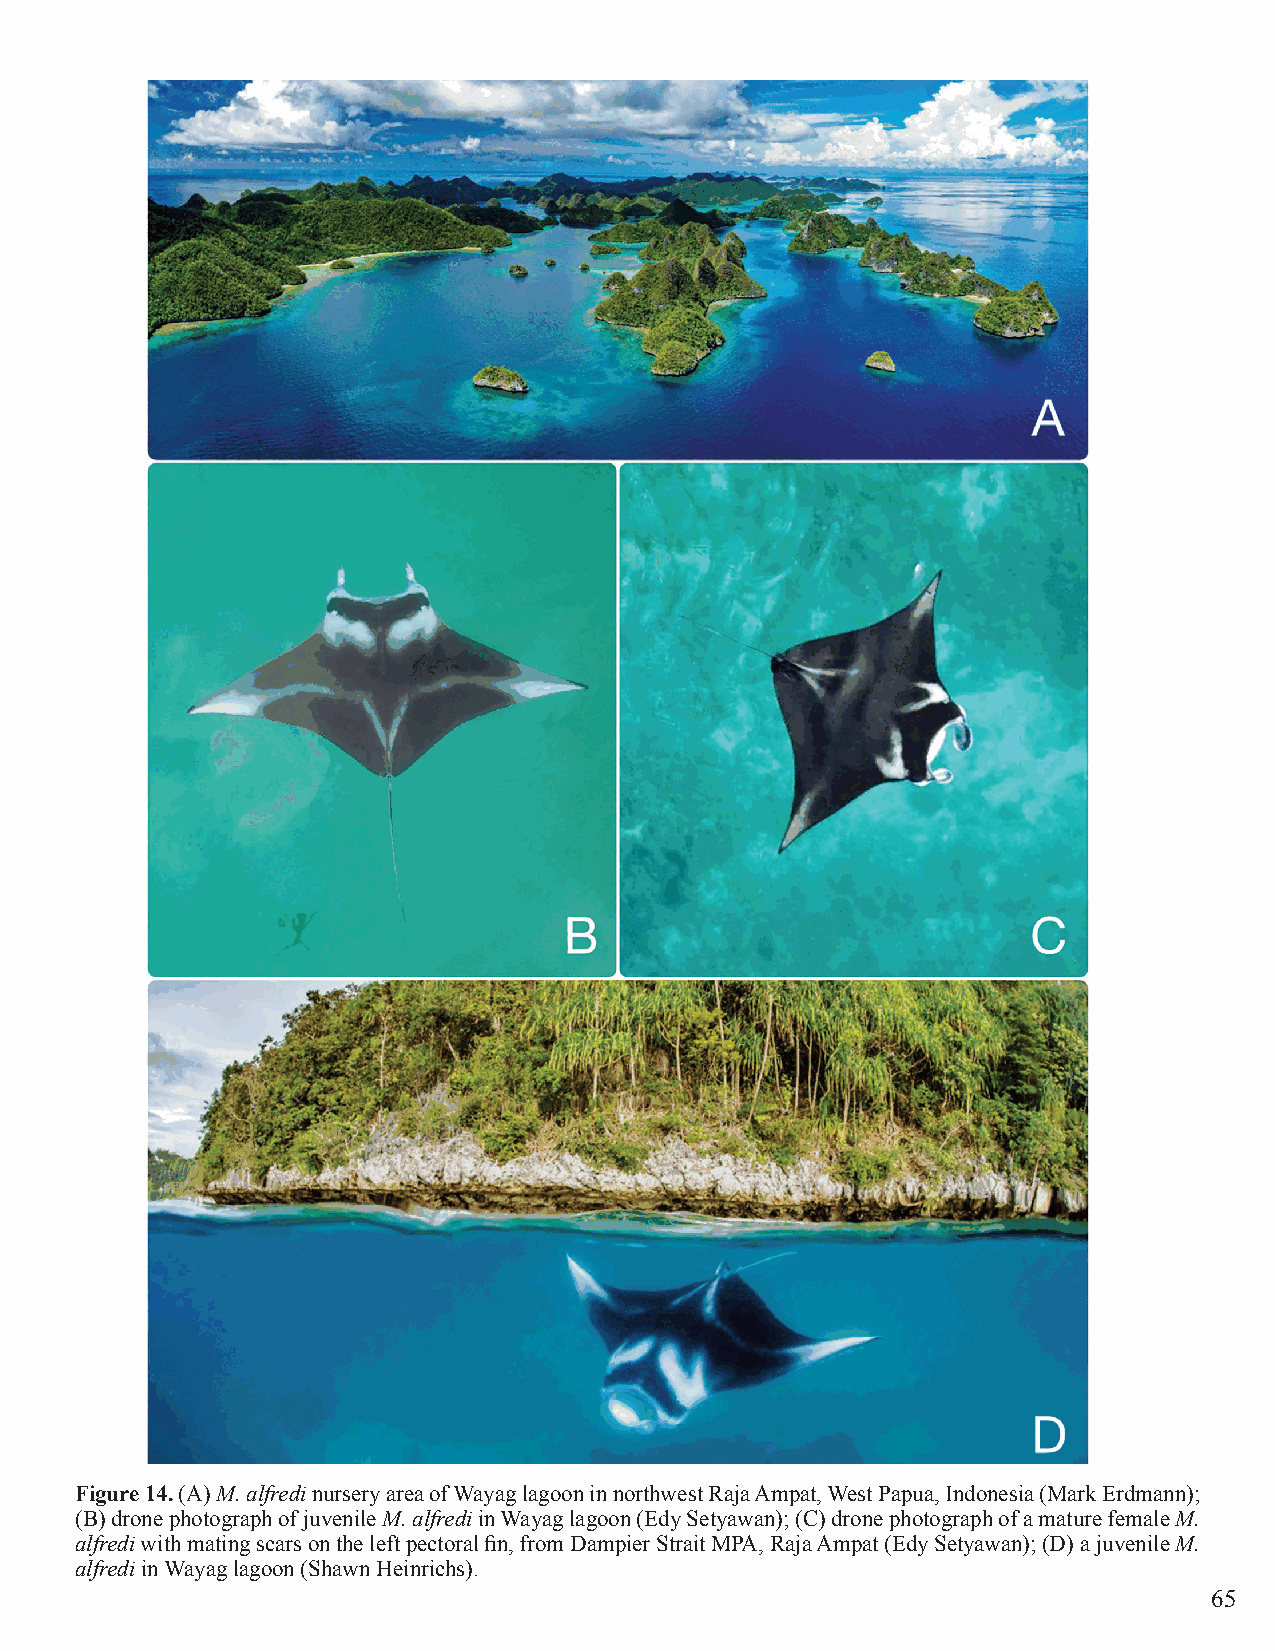
Figure 14. (A) M. alfredi nursery area of Wayag lagoon in northwest Raja Ampat, West Papua, Indonesia (Mark Erdmann);
 (B) drone photograph of juvenile M. alfredi in Wayag lagoon (Edy Setyawan); (C) drone photograph of a mature female M.
 alfredi with mating scars on the left pectoral fin, from Dampier Strait MPA, Raja Ampat (Edy Setyawan); (D) a juvenile M.
 alfredi in Wayag lagoon (Shawn Heinrichs).
 65